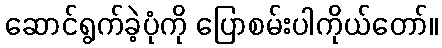
ဆောင်ရွက်ခဲ့ပုံကို ပြောစမ်းပါကိုယ်တော်။